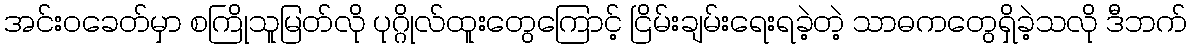
အင်းဝခေတ်မှာ စကြိုသူမြတ်လို ပုဂ္ဂိုလ်ထူးတွေကြောင့် ငြိမ်းချမ်းရေးရခဲ့တဲ့ သာဓကတွေရှိခဲ့သလို ဒီဘက်